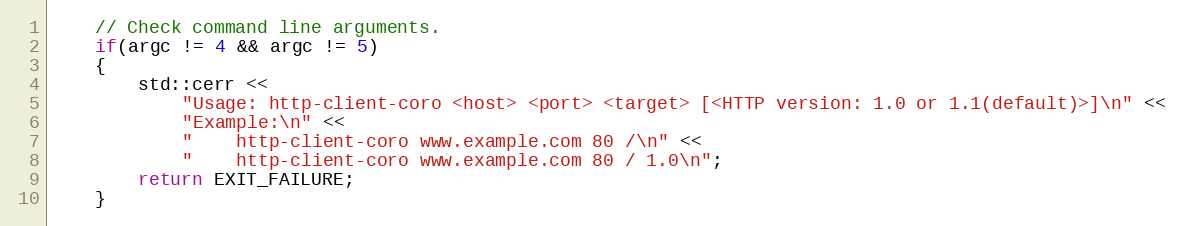
Language: C++
    // Check command line arguments.
    if(argc != 4 && argc != 5)
    {
        std::cerr <<
            "Usage: http-client-coro <host> <port> <target> [<HTTP version: 1.0 or 1.1(default)>]\n" <<
            "Example:\n" <<
            "    http-client-coro www.example.com 80 /\n" <<
            "    http-client-coro www.example.com 80 / 1.0\n";
        return EXIT_FAILURE;
    }